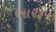
ભારરૂપ